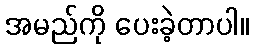
အမည်ကို ပေးခဲ့တာပါ။